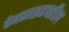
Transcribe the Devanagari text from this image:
वेबसाइटवरील